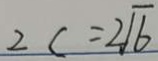
2 c = 2 \sqrt { 6 }